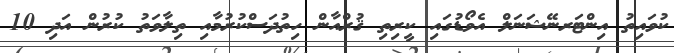
ކުވައިތު އިންޓަރނޭޝަނަލް އެވޯޑުގައި ކީރިތި ޤުރްއާން ހިތުދަސްކުރުމާއި ތިލާވަތު ކުރުން އަދި 10